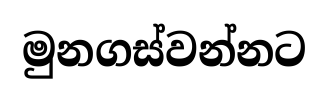
මුනගස්වන්නට